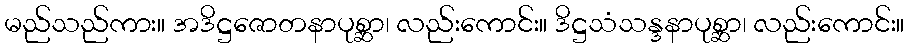
မည်သည်ကား။ အဒိဋ္ဌဇောတနာပုစ္ဆာ၊ လည်းကောင်း။ ဒိဋ္ဌသံသန္ဒနာပုစ္ဆာ၊ လည်းကောင်း။